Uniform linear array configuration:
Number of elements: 64
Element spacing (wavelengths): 1
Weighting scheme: exponential
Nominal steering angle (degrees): -15
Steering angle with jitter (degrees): -16.921
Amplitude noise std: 0.05
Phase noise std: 0.05

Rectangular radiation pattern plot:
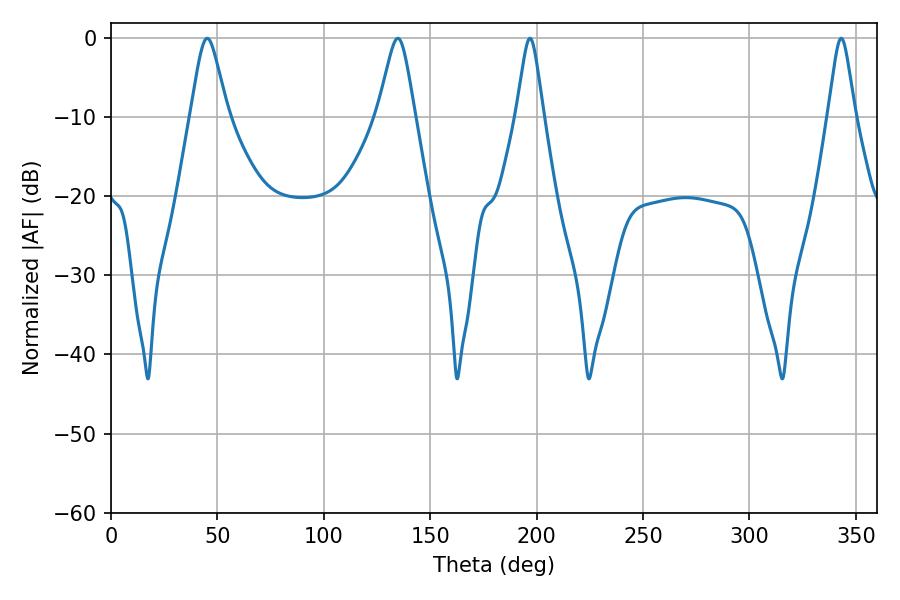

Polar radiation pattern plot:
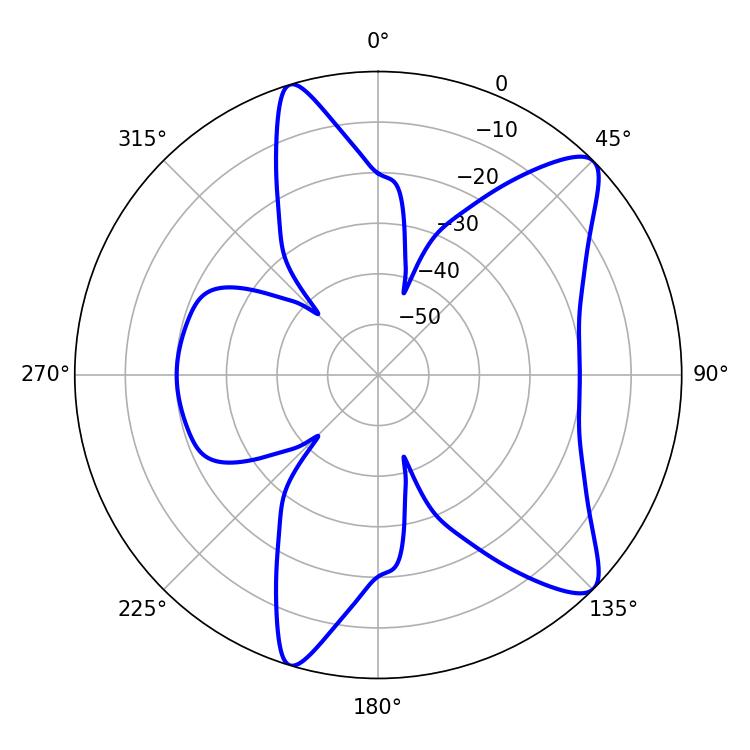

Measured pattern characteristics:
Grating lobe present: TRUE
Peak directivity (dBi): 10.285
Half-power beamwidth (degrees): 8.28
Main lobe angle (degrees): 45.18